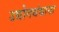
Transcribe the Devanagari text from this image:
उद्योगधंद्याना